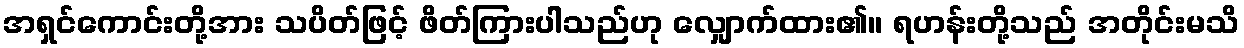
အရှင်ကောင်းတို့အား သပိတ်ဖြင့် ဖိတ်ကြားပါသည်ဟု လျှောက်ထား၏။ ရဟန်းတို့သည် အတိုင်းမသိ